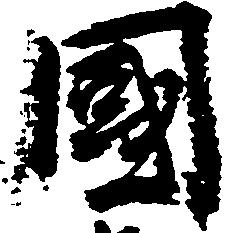
国